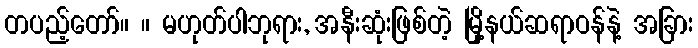
တပည့်တော်။ ။ မဟုတ်ပါဘုရား, အနီးဆုံးဖြစ်တဲ့ မြို့နယ်ဆရာဝန်နဲ့ အခြား